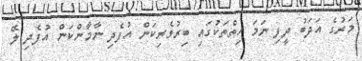
މަރުގެ އަދަބު ދީފި ނަމަ ހިތްތަކުގައި ބިރުވެރިކަން އުފެދި ނާމާންކަން އުފެދި ލޭ